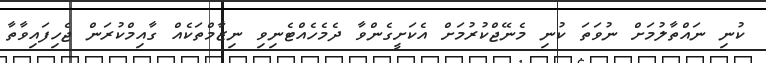
ކުނި ނައްތާލުމަށް ނުވަތަ ކުނި މެނޭޖްކުރުމަށް އެކަށީގެންވާ ދެމެހެއްޓެނިވި ނިޒާމްތަކެއް ގާއިމްކުރަން ޖެހިފައިވާތާ